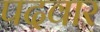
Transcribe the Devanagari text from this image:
पदवार